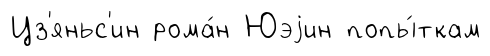
Цз'яньс'ин рома́н Юэjин попы́ткам